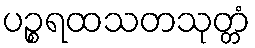
ပဉ္စရထသတသုတ္တံ